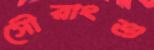
সৌরাংশু